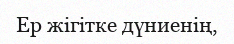
Ер жігітке дүниенің,